Vaccination North-Western Provinces and Oudh 1878-1895 - 1878-1895
Year: 1878
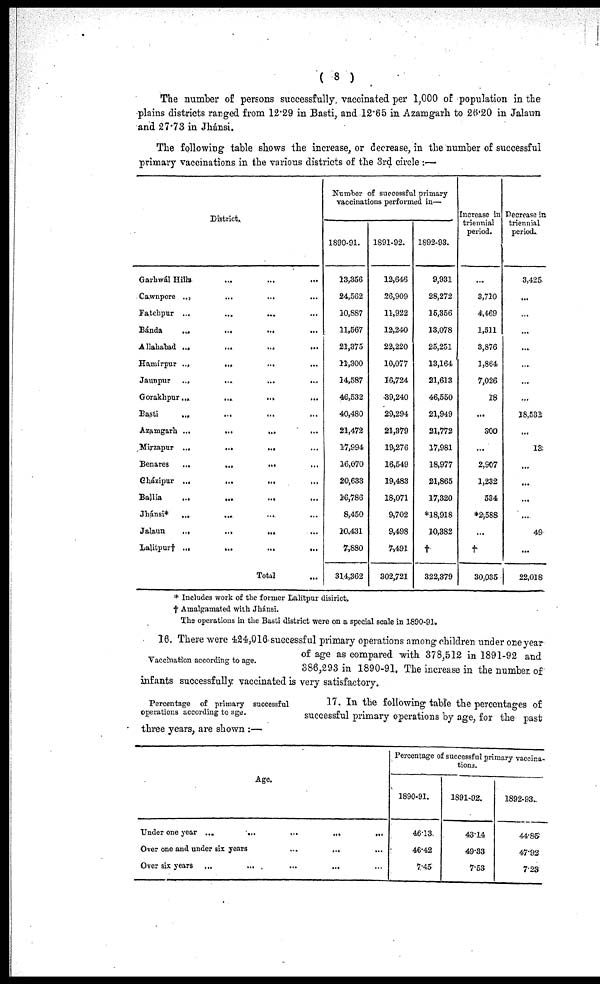
( 8 )
The number of persons successfully, vaccinated per 1,000 of population in the
plains districts ranged from 12.29 in Basti, and 12.65 in Azamgarh to 26.20 in Jalaun
and 27.73 in Jhánsi.
The following table shows the increase, or decrease, in the number of successful
primary vaccinations in the various districts of the 3rd circle :—
District.
Garhwál Hills ... ... ... ...
Cawnpore
...
...
...
...
Fatehpur
...
...
...
...
Bánda
...
...
...
...
Allahabad
...
...
...
...
Hamirpur
...
...
...
...
Jaunpur
...
...
...
...
Gorakhpur
...
...
...
...
Basti ... ... ... ...
Azamgarh
...
...
...
...
Mirzapur
...
...
...
...
Benares
...
...
...
...
Cházipur ...
...
...
...
Ballia ... ... ... ...
Jhánsi*
...
...
...
...
Jalaun
...
...
...
Lalitpur† ...
...
...
...
Total ...
Number of successful primary
vaccinations performed in—
1890-91.
13,356
24,562
10,887
11,567
21,375
11,300
14,387
46,532
40,480
21,472
17,994
16,070
20,633
16,786
8,450
10,431
7,880
314,362
1891-92.
12,646
26,909
11,922
12,240
22,220
10,077
16,724
39,240
29,294
21,379
19,276
16,549
19,483
18,071
9,702
9,498
7,491
302,721
1892-93.
9,931
28,272
15,356
13,078
25,251
13,164
21,613
46,550
21,949
21,772
17,981
18,977
21,865
17,320
*18,918
10,382
†
322,379
Increase in
triennial
period.
...
3,710
4,469
1,511
3,876
1,864
7,026
18
...
300
...
2,907
1,232
534
*2,588
...
†
30,035
Decrease in
triennial
period.
3,425
...
...
...
...
...
...
...
18,532
...
13
...
...
...
...
49
...
22,018
* Includes work of the former Lalitpur disirict,
† Amalgamated with Jhánsi.
The operations in the Basti district were on a special scale in 1890-91.
Vaccination according to age.
16. There were 424,016 successful primary operations among children under one year
of age as compared with 378,512 in 1891-92 and
386,293 in 1890-91. The increase in the number of
infants successfully vaccinated is very satisfactory.
Percentage of primary successful
operations according to age.
17. In the following table the percentages of
successful primary operations by age, for the past
three years, are shown :—
Age.
Under one year ...
...
...
...
...
Over one and under six years
...
...
...
Over six years ...
...
...
... ...
Percentage of successful primary vaccina-
tions.
1890-91.
46.13
46.42
7.45
1891 92.
43.14
49.33
7.53
1892-93.
44.85
47.93
7.23